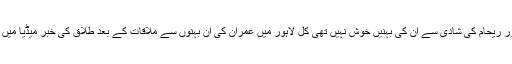
عمران خان اور ریحام کی شادی سے ان کی بہنیں خوش نہیں تھی کل لاہور میں عمران کی ان بہنوں سے ملاقات کے بعد طلاق کی خبر میڈیا میں نشر کی گئی۔